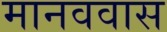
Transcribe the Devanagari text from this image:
मानववास